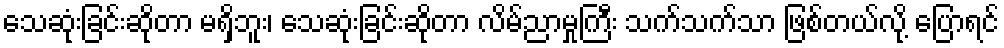
သေဆုံးခြင်းဆိုတာ မရှိဘူး၊ သေဆုံးခြင်းဆိုတာ လိမ်ညာမှုကြီး သက်သက်သာ ဖြစ်တယ်လို့ ပြောရင်